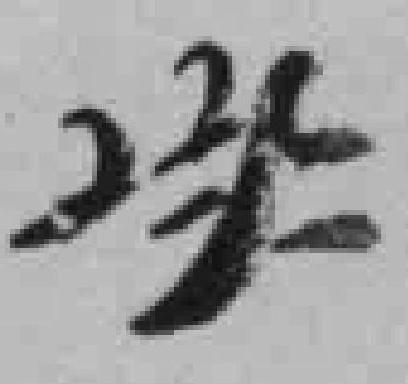
*